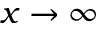
x \to \infty